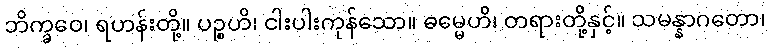
ဘိက္ခဝေ၊ ရဟန်းတို့။ ပဉ္စဟိ၊ ငါးပါးကုန်သော။ ဓမ္မေဟိ၊ တရားတို့နှင့်။ သမန္နာဂတော၊